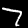
Label: 7